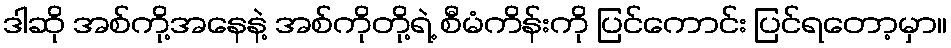
ဒါဆို အစ်ကို့အနေနဲ့ အစ်ကိုတို့ရဲ့ စီမံကိန်းကို ပြင်ကောင်း ပြင်ရတော့မှာ။